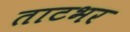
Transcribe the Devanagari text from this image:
ताटभर